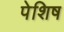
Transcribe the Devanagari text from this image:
पेशिष